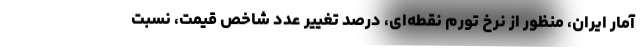
آمار ایران، منظور از نرخ تورم نقطه‌ای، درصد تغییر عدد شاخص قیمت، نسبت